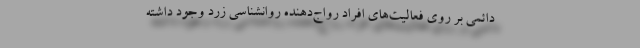
دائمی بر روی فعالیت‌های افراد رواج‌دهنده روانشناسی زرد وجود داشته